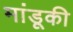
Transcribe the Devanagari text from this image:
मांडूकी